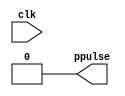
module ptd(input clk, output ppulse);

not #2 g1(nclkd, clk);
nand #2 g2(npulse, nclkd, clk);
not #2 g3(ppulse, npulse);

endmodule

module main;
 reg clk;
 wire p;

 ptd ptd1(clk, p);

 initial begin
   clk = 0;
   $monitor("%dns monitor: clk=%b p=%d", $stime, clk, p);
   $dumpfile("ptd.vcd"); //  GTK wave 
   $dumpvars;
 end

 always #10 begin
   clk = clk + 1;
 end

initial #100 $finish;

endmodule